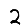
Digit: 2